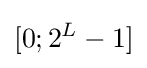
[0;2^{L}-1]